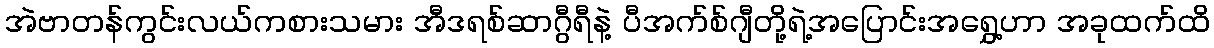
အဲဗာတန်ကွင်းလယ်ကစားသမား အီဒရစ်ဆာဂွီရီနဲ့ ပီအက်စ်ဂျီတို့ရဲ့အပြောင်းအရွှေ့ဟာ အခုထက်ထိ